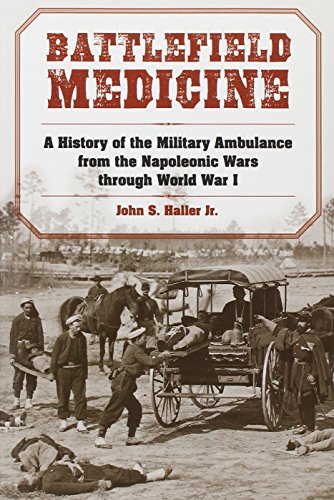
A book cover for Battlefield Medicine: A History of the Military Ambulance from the Napoleonic Wars through World War I; John S. Haller Jr.; Medical Books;